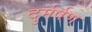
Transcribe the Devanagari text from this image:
दुर्मर्षण